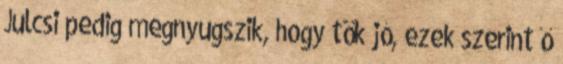
Julcsi pedig megnyugszik, hogy tök jó, ezek szerint ő